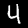
Digit: 4